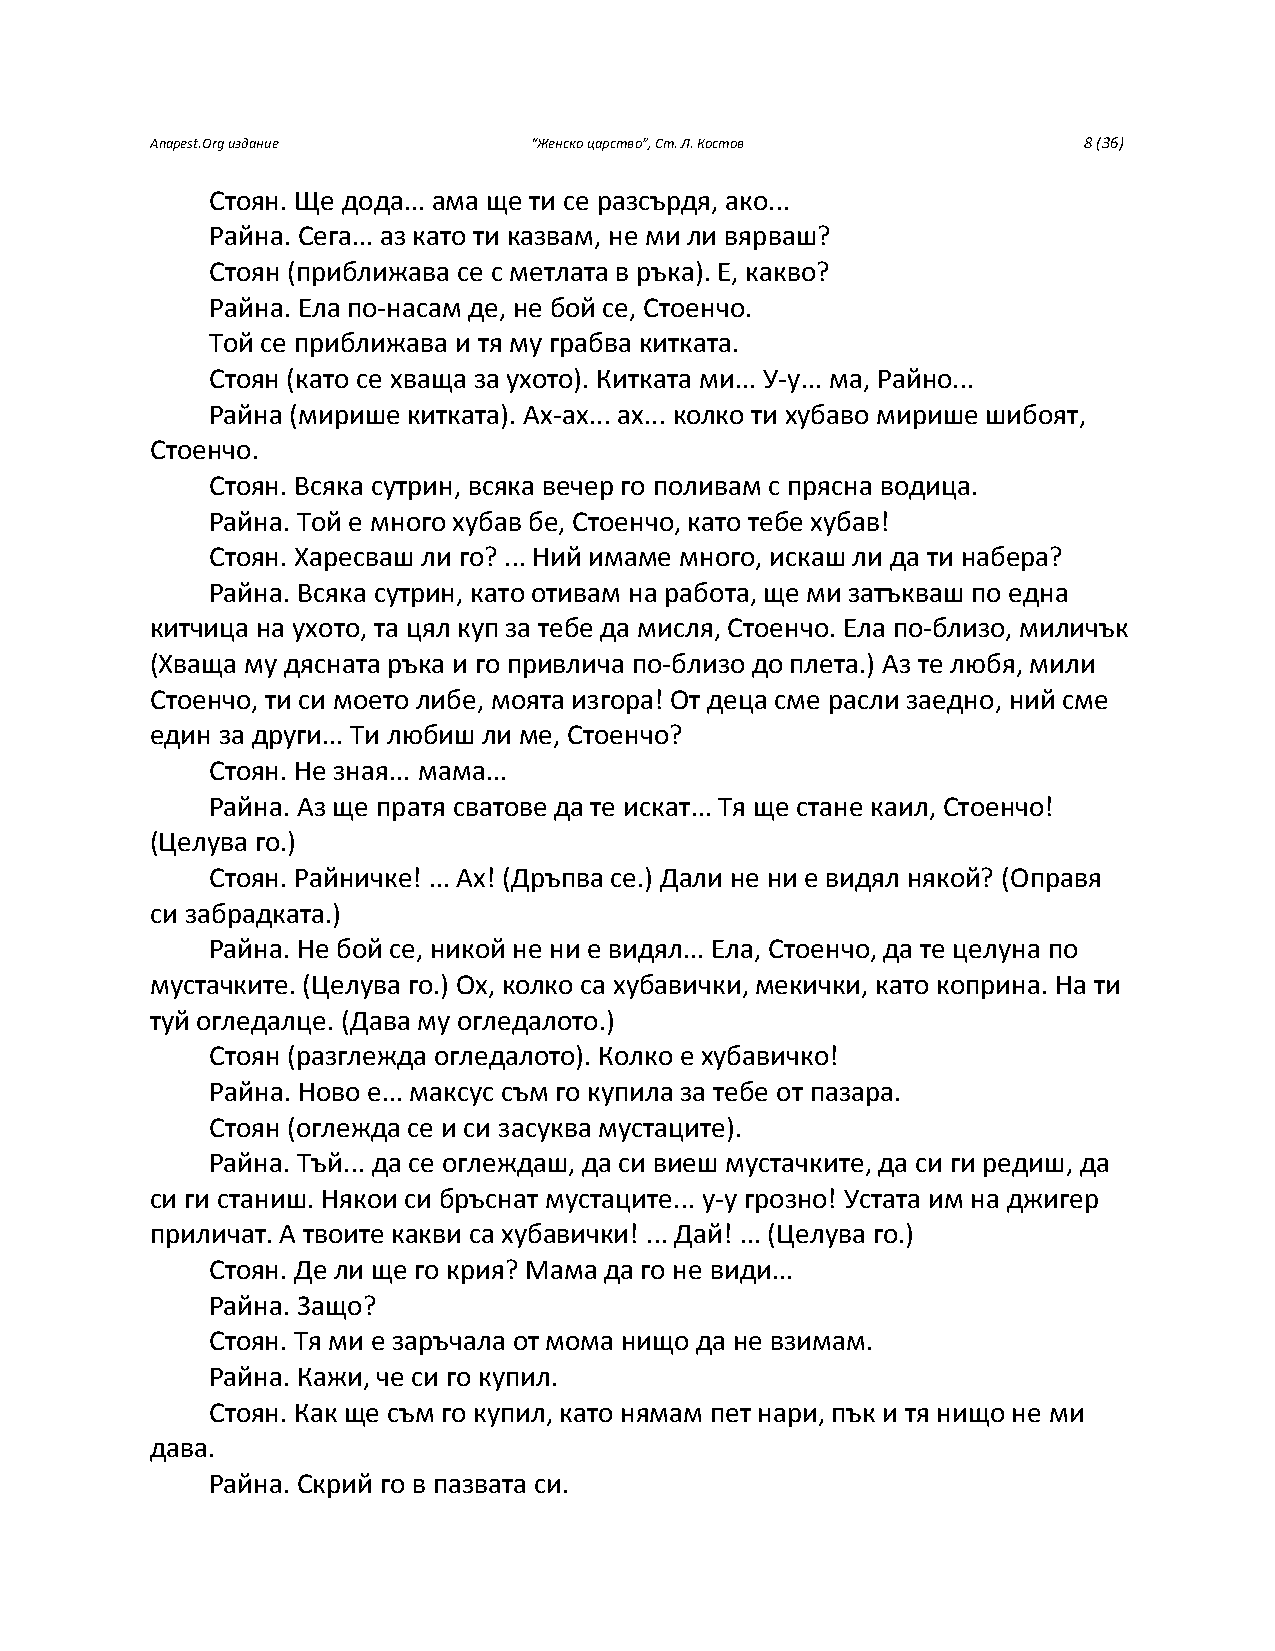
Anapest.Org издание      “Женско царство”, Ст. Л. Костов      8 (36)
 Стоян. Ще дода... ама ще ти се разсърдя, ако...
 Райна. Сега... аз като ти казвам, не ми ли вярваш?
 Стоян (приближава се с метлата в ръка). Е, какво?
 Райна. Ела по-насам де, не бой се, Стоенчо.
 Той се приближава и тя му грабва китката.
 Стоян (като се хваща за ухото). Китката ми... У-у... ма, Райно...
 Райна (мирише китката). Ах-ах... ах... колко ти хубаво мирише шибоят,
 Стоенчо.
 Стоян. Всяка сутрин, всяка вечер го поливам с прясна водица.
 Райна. Той е много хубав бе, Стоенчо, като тебе хубав!
 Стоян. Харесваш ли го? ... Ний имаме много, искаш ли да ти набера?
 Райна. Всяка сутрин, като отивам на работа, ще ми затъкваш по една
 китчица на ухото, та цял куп за тебе да мисля, Стоенчо. Ела по-близо, миличък
 (Хваща му дясната ръка и го привлича по-близо до плета.) Аз те любя, мили
 Стоенчо, ти си моето либе, моята изгора! От деца сме расли заедно, ний сме
 един за други... Ти любиш ли ме, Стоенчо?
 Стоян. Не зная... мама...
 Райна. Аз ще пратя сватове да те искат... Тя ще стане каил, Стоенчо!
 (Целува го.)
 Стоян. Райничке! ... Ах! (Дръпва се.) Дали не ни е видял някой? (Оправя
 си забрадката.)
 Райна. Не бой се, никой не ни е видял... Ела, Стоенчо, да те целуна по
 мустачките. (Целува го.) Ох, колко са хубавички, мекички, като коприна. На ти
 туй огледалце. (Дава му огледалото.)
 Стоян (разглежда огледалото). Колко е хубавичко!
 Райна. Ново е... максус съм го купила за тебе от пазара.
 Стоян (оглежда се и си засуква мустаците).
 Райна. Тъй... да се оглеждаш, да си виеш мустачките, да си ги редиш, да
 си ги станиш. Някои си бръснат мустаците... у-у грозно! Устата им на джигер
 приличат. А твоите какви са хубавички! ... Дай! ... (Целува го.)
 Стоян. Де ли ще го крия? Мама да го не види...
 Райна. Защо?
 Стоян. Тя ми е заръчала от мома нищо да не взимам.
 Райна. Кажи, че си го купил.
 Стоян. Как ще съм го купил, като нямам пет нари, пък и тя нищо не ми
 дава.
 Райна. Скрий го в пазвата си.